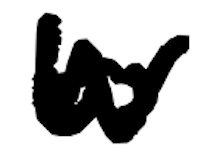
Text: to
Cross-out: zig-zag
Writing tool: digital_black